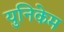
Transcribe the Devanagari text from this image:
युनिकेम